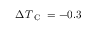
\Delta { } T _ { \textrm { C } } = - 0 . 3